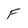
Character: F